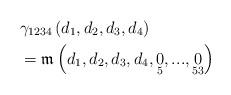
LaTeX: \begin{align*}& \gamma_{1234}\left( d_{1},d_{2},d_{3},d_{4}\right) \\& =\mathfrak{m}\left( d_{1},d_{2},d_{3},d_{4},\underset{5}{0},...,\underset{53}{0}\right)\end{align*}